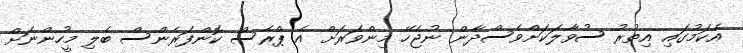
އެކަމުގައި އިތުރު ސުވާލަކަށްވެސްދާން ނުޖެހޭ މިންވަރަށް އެ ޕްރެސް ކޮންފަރެންސް ބެލި މީހުންނަށް